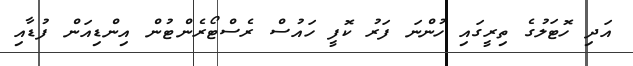
އަދި ހޮޓަލުގެ ތިރީގައި ހުންނަ ފަރު ކޮފީ ހައުސް ރެސްޓޯރެންޓުން އިންޑިއަން ފުޑާއި